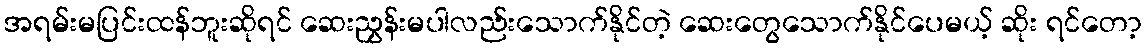
အရမ်းမပြင်းထန်ဘူးဆိုရင် ဆေးညွှန်းမပါလည်းသောက်နိုင်တဲ့ ဆေးတွေသောက်နိုင်ပေမယ့် ဆိုး ရင်တော့